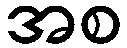
အစ